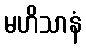
မဟိသာနံ